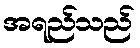
အရည်သည်